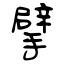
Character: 擘